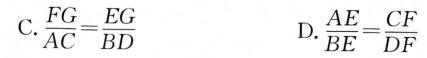
C.\frac{FG}{AC} = \frac{EG}{BD} D.\frac{AE}{BE}= \frac{CF}{DF}